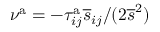
\nu ^ { \mathrm { a } } = - \tau _ { i j } ^ { \mathrm { a } } \overline { { s } } _ { i j } / ( 2 \overline { { s } } ^ { 2 } )